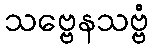
သဗ္ဗေနသဗ္ဗံ